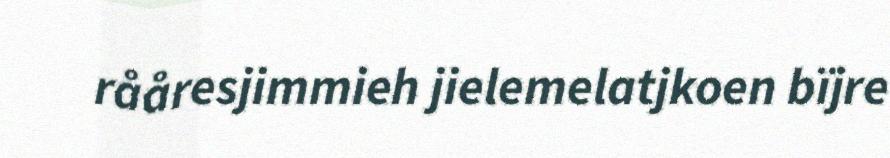
rååresjimmieh jielemelatjkoen bïjre